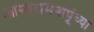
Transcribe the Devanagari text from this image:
आसारामबापूंच्या